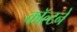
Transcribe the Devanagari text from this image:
कॉल्टने